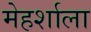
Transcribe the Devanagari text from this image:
मेहर्शाला